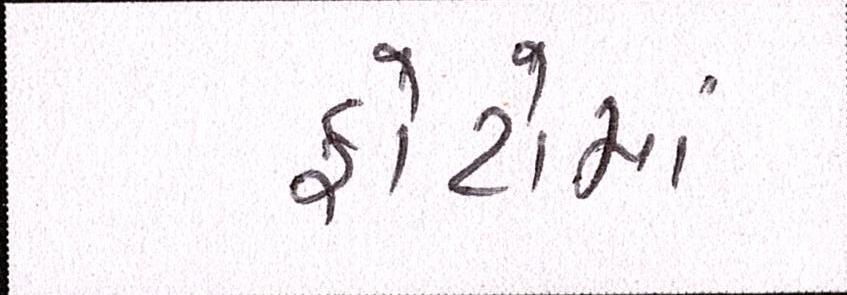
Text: ફોટોમાં